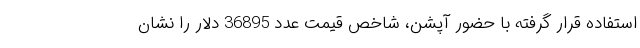
استفاده قرار گرفته با حضور آپشن، شاخص قیمت عدد 36895 دلار را نشان